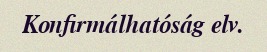
Konfirmálhatóság elv.